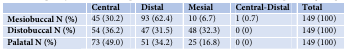
|  | Central | Distal | Mesial | Central-Distal | Total |
 | --- | --- | --- | --- | --- | --- |
 | Mesiobuccal N (%) | 45 (30.2) | 93 (62.4) | 10 (6.7) | 1 (0.7) | 149 (100) |
 | Distobuccal N (%) | 54 (36.2) | 47 (31.5) | 48 (32.3) | 0 (0) | 149 (100) |
 | Palatal N (%) | 73 (49.0) | 51 (34.2) | 25 (16.8) | 0 (0) | 149 (100) |